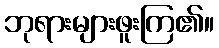
ဘုရားများဖူးကြ၏။